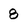
Character: 8